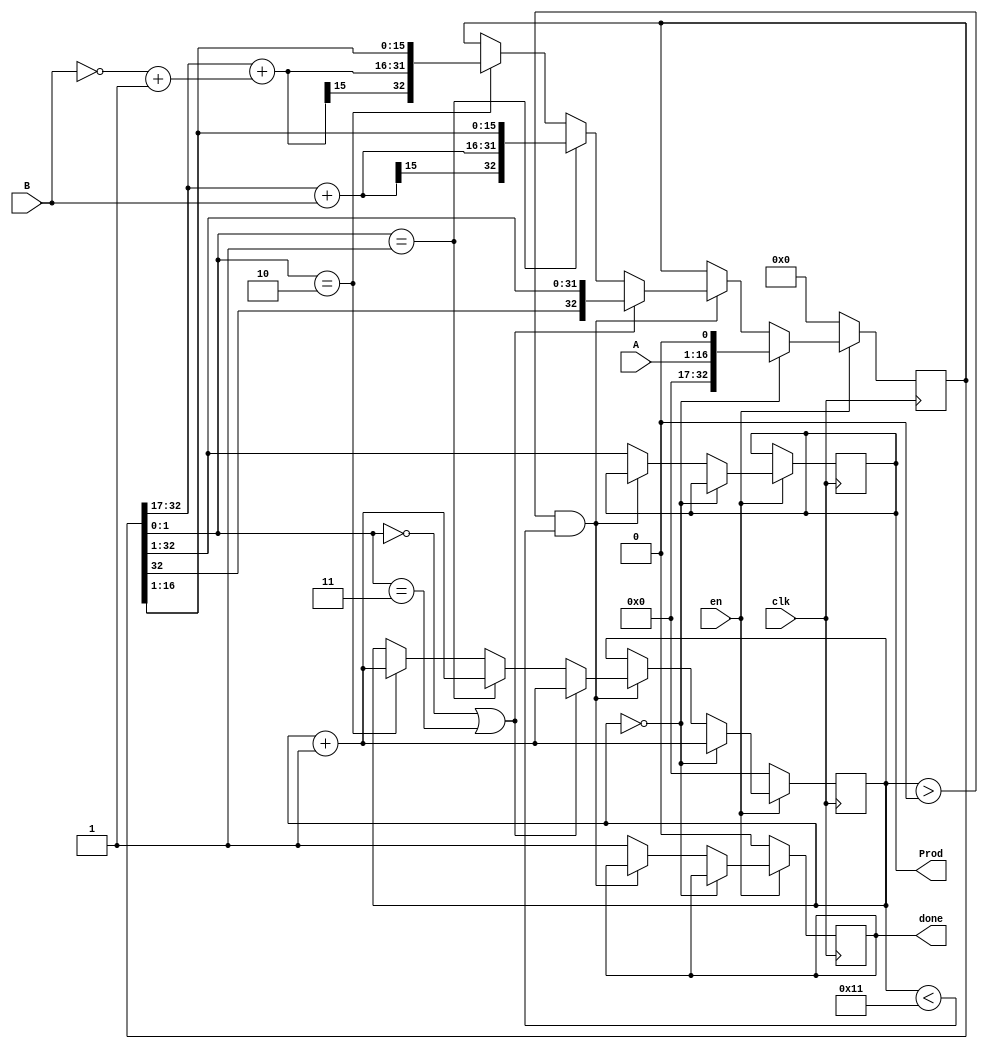
module Booth_mul_16(
input clk,en,
input [15:0] A,B,
output reg [31:0] Prod,
output reg done
);

reg [15:0] cnt;
reg [32:0] temp;
wire [15:0] negB;
assign negB = ~ B + 1'b1 ;
always @ (posedge clk)
begin
if(~en)
begin
cnt=16'd0;
temp=33'd0;
done <=1'b0;
end
else
begin
if(cnt==16'd0)
begin
temp <= {16'd0,A,1'b0};
cnt <= cnt + 1'b1;
end
else if(cnt> 16'd0 && cnt <16'd17)
begin
if(temp[1:0] == 2'b00 || temp[1:0] == 2'b11 )
begin
temp = {temp[32],temp[32:1]};
cnt = cnt + 1'b1;
end
else if(temp[1:0] == 2'b01)
begin
temp[32:17] = temp[32:17] + B;
temp = {temp[32],temp[32:1]};
cnt = cnt+1'b1;
end

else if(temp[1:0] == 2'b10)
begin
temp[32:17] = temp[32:17] + negB;
temp = {temp[32],temp[32:1]};
cnt = cnt+1'b1;
end
end
else
begin
Prod = temp[32:1];
done =1'b1;
end
end
end

endmodule


module booth_mul_16bit_tb;
reg clk,en;
reg signed [15:0] A,B;
wire signed [31:0] Prod;
wire done;

Booth_mul_16 M1(.clk(clk),.en(en),.A(A),.B(B),.Prod(Prod),.done(done));

initial begin
clk = 1'b0;

A = 8'd0; B = 8'd0; en = 1'b0; #10;

en = 1'b1; A = 16'd12; B = 16'd5; #100; 
en = 1'b0; #100;


en = 1'b1; A = -16'd15; B = -16'd10; #100; 
en = 1'b0; #100;

en = 1'b1;A = -16'd9; B = 16'd11; #100; 
en = 1'b0; #100;

en = 1'b1;A = -16'd10; B = -16'd34; #100; 
en = 1'b0; #100;
end


always #1 clk = !clk;

initial 
begin
$monitor("A = %d, B = %d, Prod = %d,done = %b",A,B,Prod,done);
end


endmodule